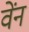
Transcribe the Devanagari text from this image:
वेंन